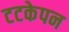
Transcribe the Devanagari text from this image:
टटकेपन